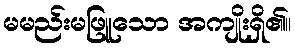
မမည်းမဖြူသော အကျိုးရှိ၏။